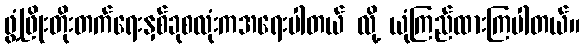
ဖွံ့ဖြိုးတိုးတက်ရေးနှစ်ခုစလုံးကအရေးပါတယ် လို့ ယုံကြည်ထားကြပါတယ်။